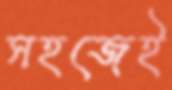
সহজেই